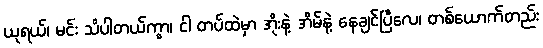
ယုရယ်၊ မင်း သိပါတယ်ကွာ၊ ငါ တပ်ထဲမှာ အိုးနဲ့ အိမ်နဲ့ နေချင်ပြီလေ၊ တစ်ယောက်တည်း